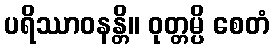
ပရိဿာဝနန္တိ။ ဝုတ္တမ္ပိ စေတံ